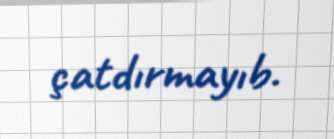
çatdırmayıb.